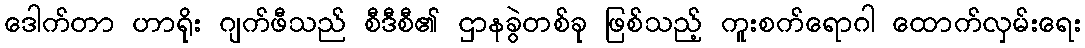
ဒေါက်တာ ဟာရိုး ဂျက်ဖီသည် စီဒီစီ၏ ဌာနခွဲတစ်ခု ဖြစ်သည့် ကူးစက်ရောဂါ ထောက်လှမ်းရေး